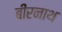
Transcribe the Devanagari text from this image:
बीरनाथ